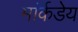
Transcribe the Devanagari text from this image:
मांर्केडेय